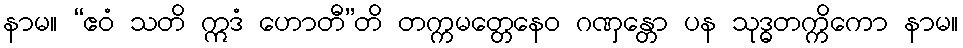
နာမ။ “ဧဝံ သတိ ဣဒံ ဟောတီ”တိ တက္ကမတ္တေနေဝ ဂဏှန္တော ပန သုဒ္ဓတက္ကိကော နာမ။